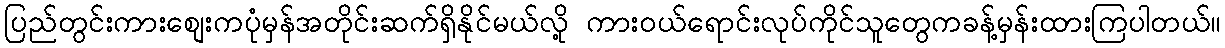
ပြည်တွင်းကားစျေးကပုံမှန်အတိုင်းဆက်ရှိနိုင်မယ်လို့ ကားဝယ်ရောင်းလုပ်ကိုင်သူတွေကခန့်မှန်းထားကြပါတယ်။